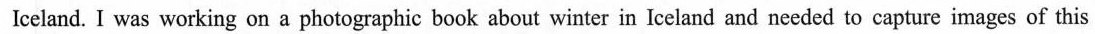
a remote mountain hut in Iceland. I was working on a photographic book about winter in Iceland and needed to capture images of this